Vaccination in Burma 1920-1933 - 1920-1933
Year: 1920
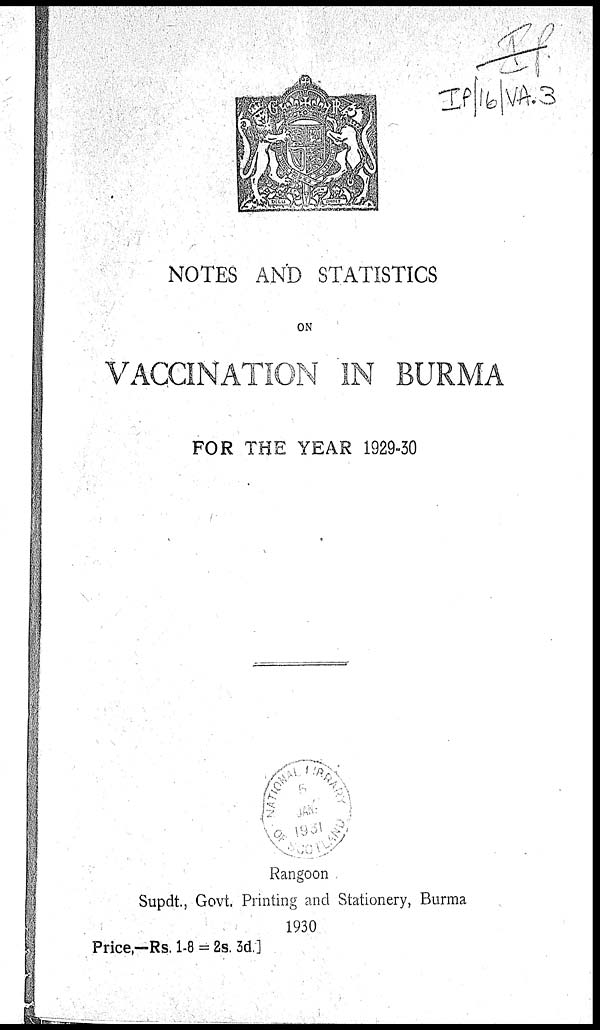
NOTES AND STATISTICS
ON
VACCINATION IN BURMA
FOR THE YEAR 1929-30
Rangoon
Supdt., Govt. Printing and Stationery, Burma
1930
Price,—Rs. 1-8 = 2s. 3d.]